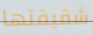
شقيقتها